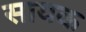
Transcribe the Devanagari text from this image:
सायक